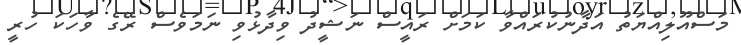
މަސްއޫލިއްޔަތު އަދާނުކުރައްވާ ކަމަށް ރައީސް ނަޝީދު ވިދާޅުވި ނަމަވެސް ރޭގެ ވާހަކަ ހުރީ